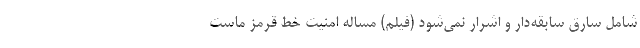
شامل سارق سابقه‌دار و اشرار نمی‌شود (فیلم) مساله امنیت خط قرمز ماست